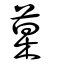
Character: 菒